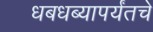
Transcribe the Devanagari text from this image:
धबधब्यापर्यंतचे